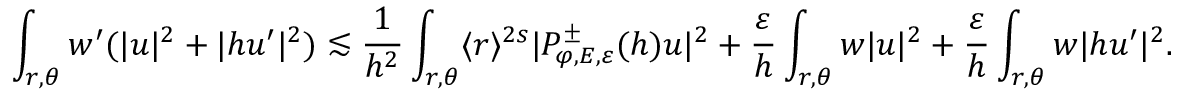
\int _ { r , \theta } w ^ { \prime } ( | u | ^ { 2 } + | h u ^ { \prime } | ^ { 2 } ) \lesssim \frac { 1 } { h ^ { 2 } } \int _ { r , \theta } \langle r \rangle ^ { 2 s } | P _ { \varphi , E , \varepsilon } ^ { \pm } ( h ) u | ^ { 2 } + \frac { \varepsilon } { h } \int _ { r , \theta } w | u | ^ { 2 } + \frac { \varepsilon } { h } \int _ { r , \theta } w | h u ^ { \prime } | ^ { 2 } .